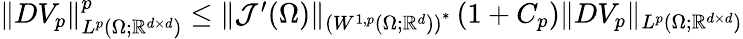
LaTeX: \begin{array}{r}{\| DV_{p}\| _{L^{p}(\Omega;\mathbb{R}^{d\times d})}^{p}\leq\| \mathcal{J}^{\prime}(\Omega)\| _{\left(W^{1,p}(\Omega;\mathbb{R}^{d})\right)^{*}}\left(1+C_{p}\right)\| DV_{p}\| _{L^{p}(\Omega;\mathbb{R}^{d\times d})}}\end{array}